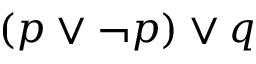
( p \lor \neg p ) \lor q